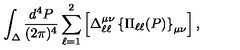
\int _ { \Delta } \frac { d ^ { 4 } P } { ( 2 \pi ) ^ { 4 } } \sum _ { \ell = 1 } ^ { 2 } \left[ \Delta _ { \ell \ell } ^ { \mu \nu } \left\{ \Pi _ { \ell \ell } ( P ) \right\} _ { \mu \nu } \right] ,